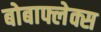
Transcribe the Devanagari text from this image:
बोबाफ्लेक्स